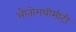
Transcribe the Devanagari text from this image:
औतोमथीसीटी